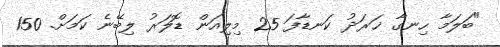
"ބަލަމާ ހިނގާ ޚަރަދު ކަނޑާފަ 25 މިލިއަން ޑޮލަރު ލިބޭނެ ކަމަށް. 150